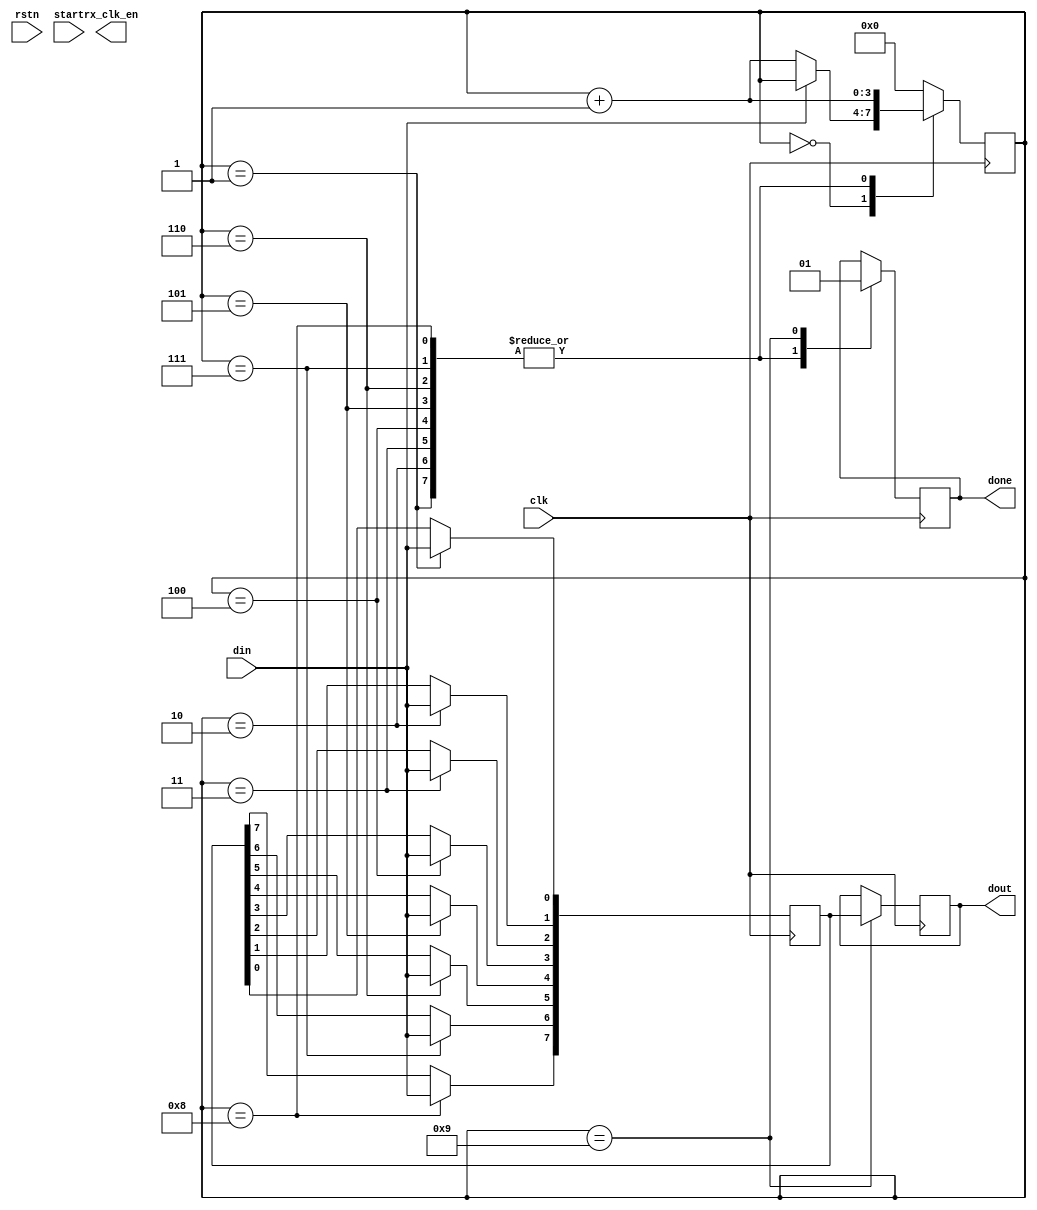
`timescale 1ns / 1ps
//////////////////////////////////////////////////////////////////////////////////
// Company: 
// Engineer: 
// 
// Design Name: 
// Module Name: uart_rx
// Project Name: 
// Target Devices: 
// Tool Versions: 
// Description: 
// 
// Dependencies: 
// 
// Revision:
// Revision 0.01 - File Created
// Additional Comments:
// 
//////////////////////////////////////////////////////////////////////////////////


module uart_rx(
    input clk,
    input rstn,
    input start,
    input din,
    output reg rx_clk_en,
    output reg done,
    output reg [8-1:0] dout
    );

    reg [8-1:0] data_out;
    reg [4-1:0] R_state;
    reg [8-1:0] data_in;
    //assign dout= {data_out[0], data_out[1], data_out[2], data_out[3], data_out[4], data_out[5], data_out[6], data_out[7]};

always@(posedge clk) begin
    case (R_state)

    4'd0 : begin // check strat bit
        if (din==0)begin
            R_state <= R_state + 1;
           data_in <= din;
        end
    end

    4'd1 : begin
        data_out[0] <= din;
        done <= 0;
        R_state <= R_state + 1;
    end

    4'd2 : begin
        data_out[1] <= din;
        done <= 0;
        R_state <= R_state + 1;
    end

    4'd3 : begin
        data_out[2] <= din;
        done <= 0;
        R_state <= R_state + 1;
    end

    4'd4 : begin
        data_out[3] <= din;
        done <= 0;
        R_state <= R_state + 1;
    end

    4'd5 : begin
        data_out[4] <= din;
        done <= 0;
        R_state <= R_state + 1;
    end

    4'd6 : begin
        data_out[5] <= din;
        done <= 0;
        R_state <= R_state + 1;
    end

    4'd7 : begin
        data_out[6] <= din;
        done <= 0;
        R_state <= R_state + 1;
    end

    4'd8 : begin
        data_out[7] <= din;
        done <= 0;
        R_state <= R_state + 1;
    end

    4'd9 : begin // stop bit
        dout <= data_out;
        done <= 1;
        R_state <= 4'd0;
    end

    default : R_state <= 4'd0;
    endcase
end
endmodule